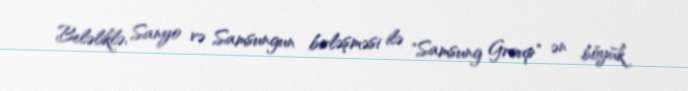
Beləliklə, Sanyo və Samsungun birləşməsi ilə "Samsung Group" ən böyük